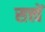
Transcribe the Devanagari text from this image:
सत्त्वें